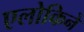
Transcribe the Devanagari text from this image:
एलोकिने